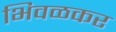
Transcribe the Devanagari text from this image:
भिवळकर